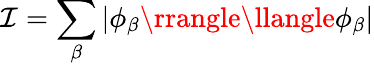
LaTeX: \mathcal{I}=\sum_{\beta}|\phi_{\beta}\rrangle\llangle\phi_{\beta}|